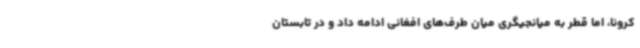
کرونا، اما قطر به میانجیگری میان طرف‌های افغانی ادامه داد و در تابستان